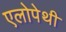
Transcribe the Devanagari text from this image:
एलोपेथी